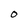
Character: O